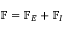
\mathbb { F } = \mathbb { F } _ { E } + \mathbb { F } _ { I }